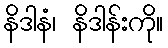
နိဒါနံ၊ နိဒါန်းကို။